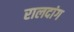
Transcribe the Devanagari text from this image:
रालदांग